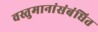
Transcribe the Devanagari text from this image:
वस्तुमानांसंबंधित